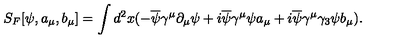
S _ { F } [ \psi , a _ { \mu } , b _ { \mu } ] = \int d ^ { 2 } x ( - \overline { { \psi } } \gamma ^ { \mu } \partial _ { \mu } \psi + i \overline { { \psi } } \gamma ^ { \mu } \psi a _ { \mu } + i \overline { { \psi } } \gamma ^ { \mu } \gamma _ { 3 } \psi b _ { \mu } ) .